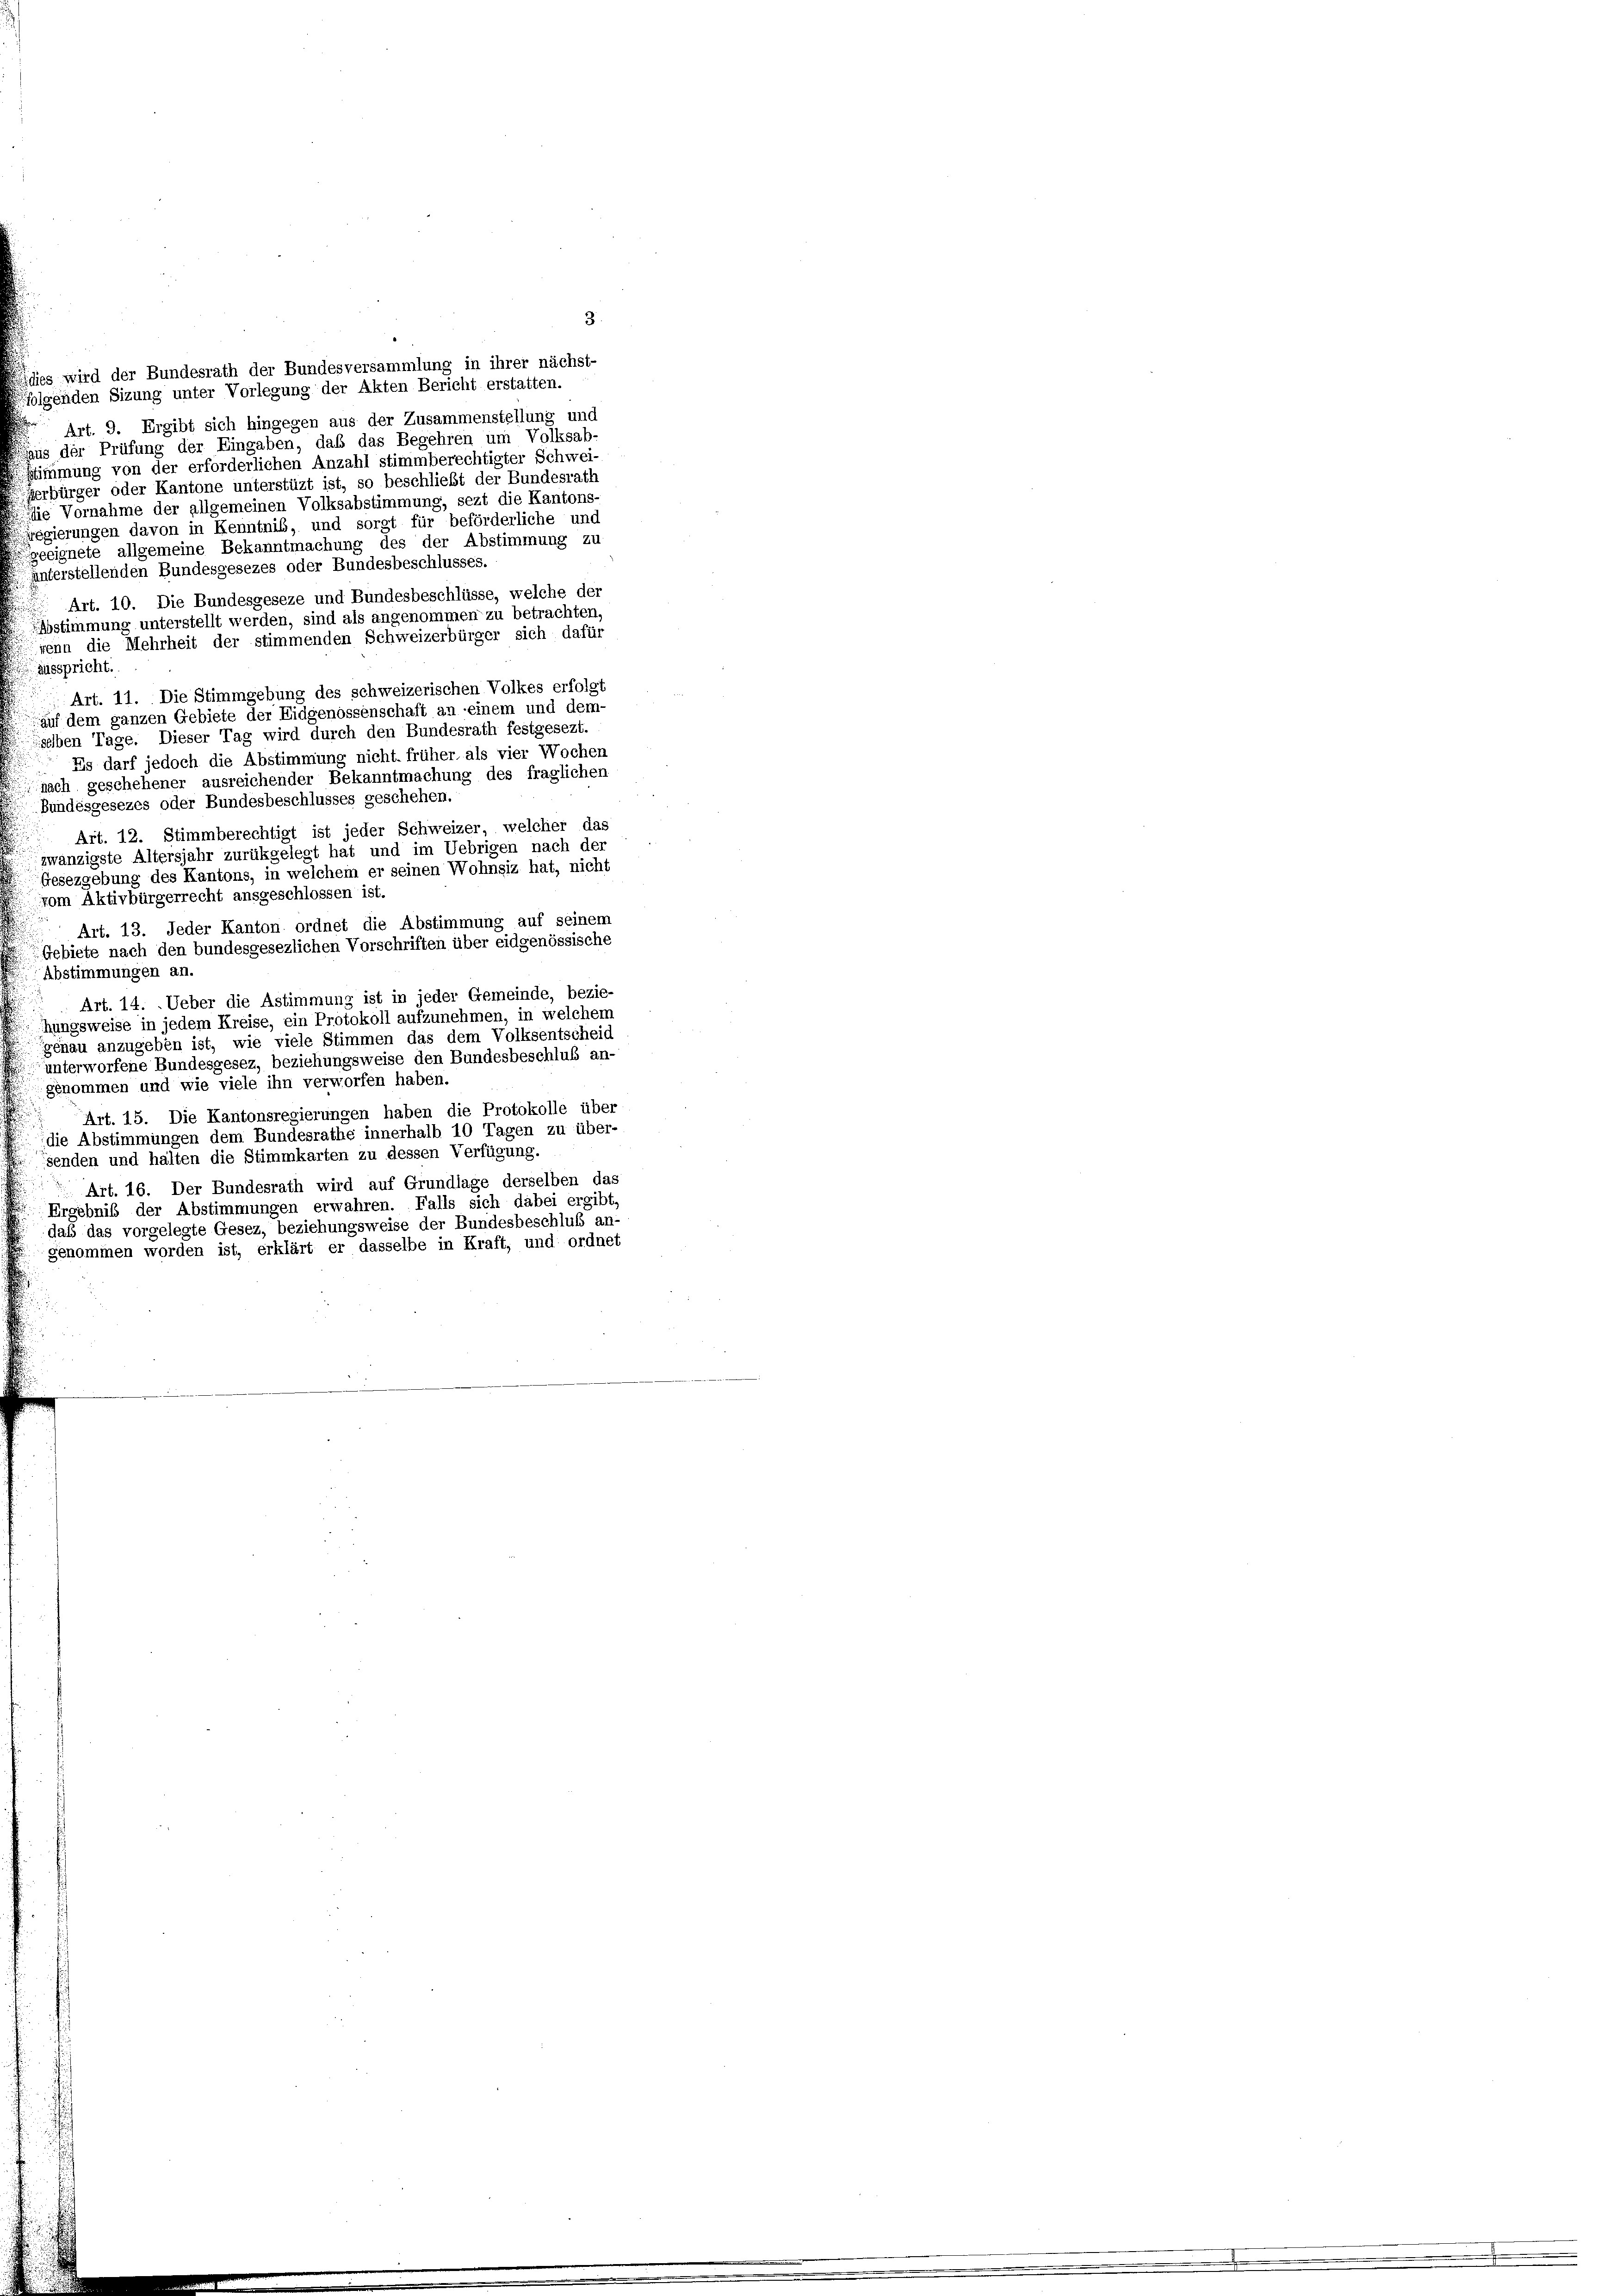
dies wird der Bundesrath der Bundesversammlung in ihrer nächst-
folgenden Sizung unter Vorlegung der Akten Bericht erstatten.
Art. 9. Ergibt sich hingegen aus der Zusammenstellung und
Haus der Prüfung der Eingaben, daß das Begehren um Volksab-
Stimmung von der erforderlichen Anzahl stimmberechtigter Schwei-
ferbürger oder Kantone unterstüzt ist, so beschließt der Bundesrath
die Vornahme der allgemeinen Volksabstimmung, sezt die Kantons-
regierungen davon in Kenntnis, und sorgt für beförderliche und
geeignete allgemeine Bekanntmachung des der Abstimmung zu
unterstellenden Bundesgesezes oder Bundesbeschlusses.
Art. 10. Die Bundesgeseze und Bundesbeschlüsse, welche der
Abstimmung unterstellt werden, sind als angenommen zu betrachten,
wenn die Mehrheit der stimmenden Schweizerbürger sich dafür
ausspricht.
Art. 11. Die Stimmgebung des schweizerischen Volkes erfolgt
auf dem ganzen Gebiete der Eidgenossenschaft an einem und dem-
selben Tage. Dieser Tag wird durch den Bundesrath festgesezt.
Es darf jedoch die Abstimmung nicht, früher als vier Wochen
nach geschehener ausreichender Bekanntmachung des fraglichen
Bundesgesezes oder Bundesbeschlusses geschehen.
Art. 12. Stimmberechtigt ist jeder Schweizer, welcher das
zwanzigste Altersjahr zurükgelegt hat und im Uebrigen nach der
Gesezgebung des Kantons, in welchem er seinen Wohnsiz hat, nicht
vom Aktivbürgerrecht ansgeschlossen ist.
Art. 13. Jeder Kanton ordnet die Abstimmung auf seinem
Gebiete nach den bundesgesezlichen Vorschriften über eidgenössische
Abstimmungen an.
Art. 14. Ueber die Astimmung ist in jeder Gemeinde, bezie-
hungsweise in jedem Kreise, ein Protokoll aufzunehmen, in welchem
genau anzugeben ist, wie viele Stimmen das dem Volksentscheid
unterworfene Bundesgesez, beziehungsweise den Bundesbeschluß an-
genommen und wie viele ihn verworfen haben.
Art. 15. Die Kantonsregierungen haben die Protokolle über
die Abstimmungen dem Bundesrathe innerhalb 10 Tagen zu über-
senden und halten die Stimmkarten zu dessen Verfügung.
Art. 16. Der Bundesrath wird auf Grundlage derselben das
Ergebnis der Abstimmungen erwahren. Falls sich dabei ergibt,
das das vorgelegte Gesez, beziehungsweise der Bundesbeschluß an
genommen worden ist, erklärt er dasselbe in Kraft, und ordnet

3